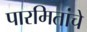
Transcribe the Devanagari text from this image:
पारमितांचे